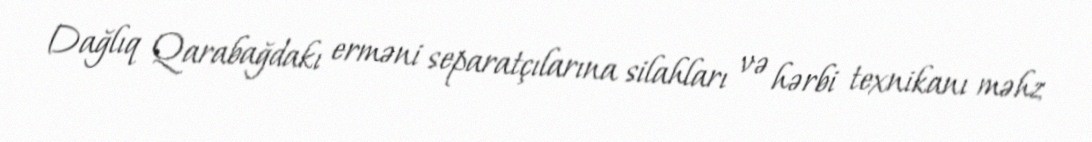
Dağlıq Qarabağdakı erməni separatçılarına silahları və hərbi texnikanı məhz